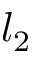
l _ { 2 }